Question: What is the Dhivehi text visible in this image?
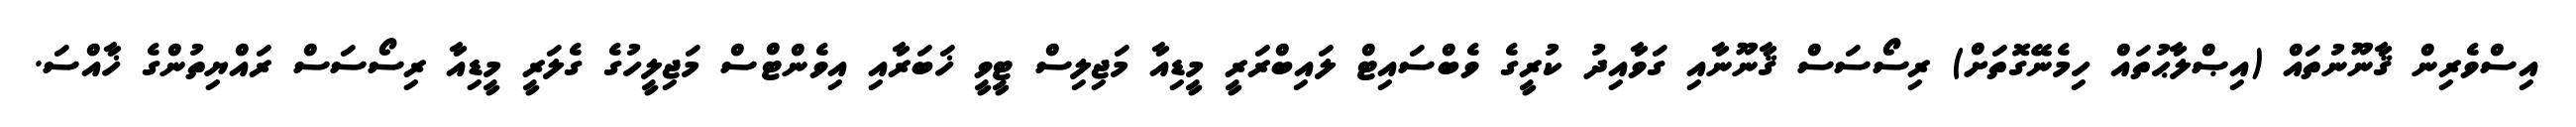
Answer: އިސްވެރިން ޤާނޫނުތައް (އިޞްލާޙުތައް ހިމެނޭގޮތަށް) ރިސޯސަސް ޤާނޫނާއި ގަވާއިދު ކުރީގެ ވެބްސައިޓް ލައިބްރަރީ މީޑިއާ މަޖިލިސް ޓީވީ ޚަބަރާއި އިވެންޓްސް މަޖިލީހުގެ ގެލަރީ މީޑިއާ ރިސޯސަސް ރައްޔިތުންގެ ޚާއްސަ.